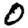
Digit: 0